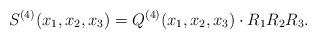
LaTeX: \begin{gather*} S^{(4)}(x_1,x_2,x_3)=Q^{(4)}(x_1,x_2,x_3)\cdot R_1 R_2 R_3.\end{gather*}